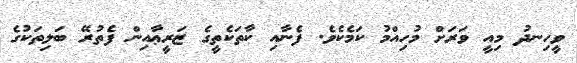
ވީހިނދު މިއީ ވަރަށް މުހިއްމު ކަމެކެވެ. ފެނާއި ކާތަކެތީގެ ޒަރީޢާއިން ފެތުރޭ ބަލިތަކުގެ